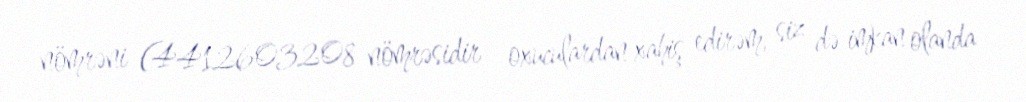
nömrəni (4412603208 nömrəsidir - oxuculardan xahiş edirəm, siz də imkan olanda